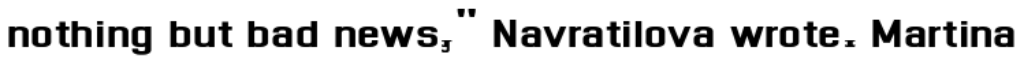
nothing but bad news," Navratilova wrote. Martina